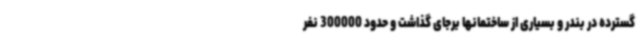
گسترده در بندر و بسیاری از ساختمانها برجای گذاشت و حدود 300000 نفر